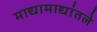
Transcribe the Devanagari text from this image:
माद्यामाद्यांतले